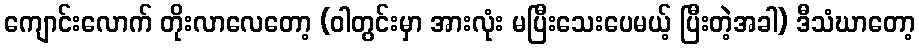
ကျောင်းလောက် တိုးလာလေတော့ (ဝါတွင်းမှာ အားလုံး မပြီးသေးပေမယ့် ပြီးတဲ့အခါ) ဒီသံဃာတော့